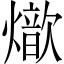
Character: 𤐚